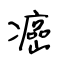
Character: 癌